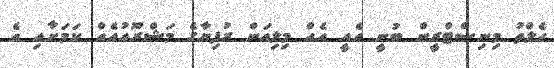
ހެލްތު މިނިސްޓްރީން ބުނީ އެއީ އެއް މިލިއަން ރުފިޔާގެ މަޝްރޫއުއެއް ކަމަށާއި އެ